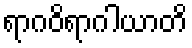
ရာဂဝိရာဂါယာတိ